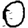
Digit: 0